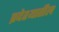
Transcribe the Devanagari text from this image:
प्रदेश्यातील